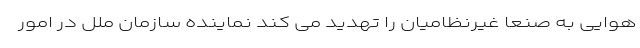
هوایی به صنعا غیرنظامیان را تهدید می کند نماینده سازمان ملل در امور